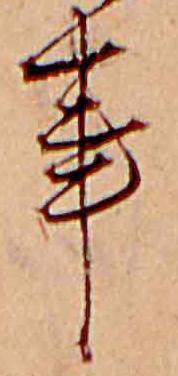
事